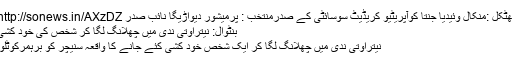
بھٹکل :منکال وئیدیا جنتا کوآپریٹیو کریڈیٹ سوسائٹی کے صدرمنتخب : پرمیشور دیواڑیگا نائب صدر http://sonews.in/AXzDZ
بنٹوال: نیتراوتی ندی میں چھلانگ لگا کر شخص کی خود کشی
نیتراوتی ندی میں چھلانگ لگا کر ایک شخص خود کشی کئے جانے کا واقعہ سنیچر کو برہمرکوٹلو۔